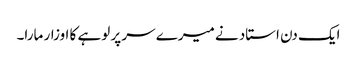
ایک دن استاد نے میرے سر پر لوہے کا اوزار مارا۔